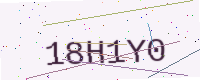
Text: 18H1Y0